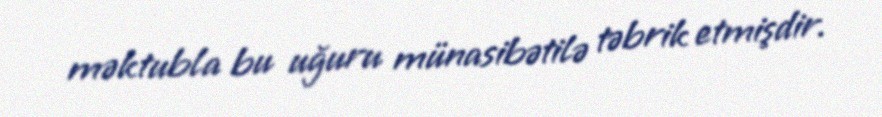
məktubla bu uğuru münasibətilə təbrik etmişdir.